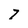
Character: 7